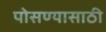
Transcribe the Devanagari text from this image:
पोसण्यासाठी